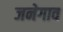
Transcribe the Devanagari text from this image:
जनेगाव